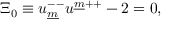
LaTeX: \Xi _ { { 0 } } \equiv u _ { \underline { { { m } } } } ^ { -- } u ^ { \underline { { { m } } } { + + } } - 2 = 0 ,